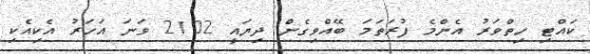
ކައްޓި ހިތްވަރު އެންމެ ފުރަތަމަ ބޭއްވިގެން ދިޔައީ 2102 ވަނަ އަހަރު އެކިއެކި